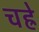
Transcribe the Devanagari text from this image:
चह्रे